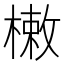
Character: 𣙙